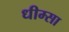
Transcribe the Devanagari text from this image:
धीम्सा